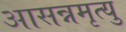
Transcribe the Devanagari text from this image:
आसन्नमृत्यु